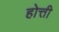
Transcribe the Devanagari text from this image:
होत्ती